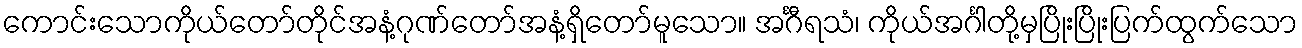
ကောင်းသောကိုယ်တော်တိုင်အနံ့ဂုဏ်တော်အနံ့ရှိတော်မူသော။ အင်္ဂီရသံ၊ ကိုယ်အင်္ဂါတို့မှပြိုးပြိုးပြက်ထွက်သော